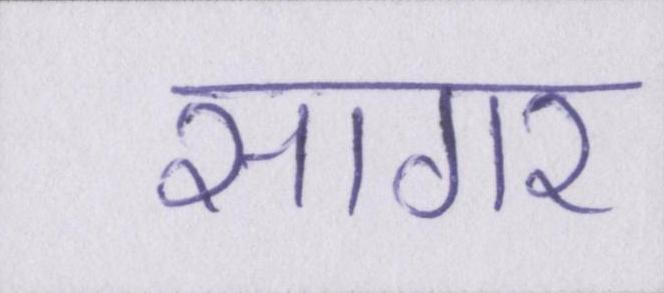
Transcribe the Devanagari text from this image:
सागर